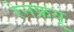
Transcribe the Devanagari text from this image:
रेनफ्रयू